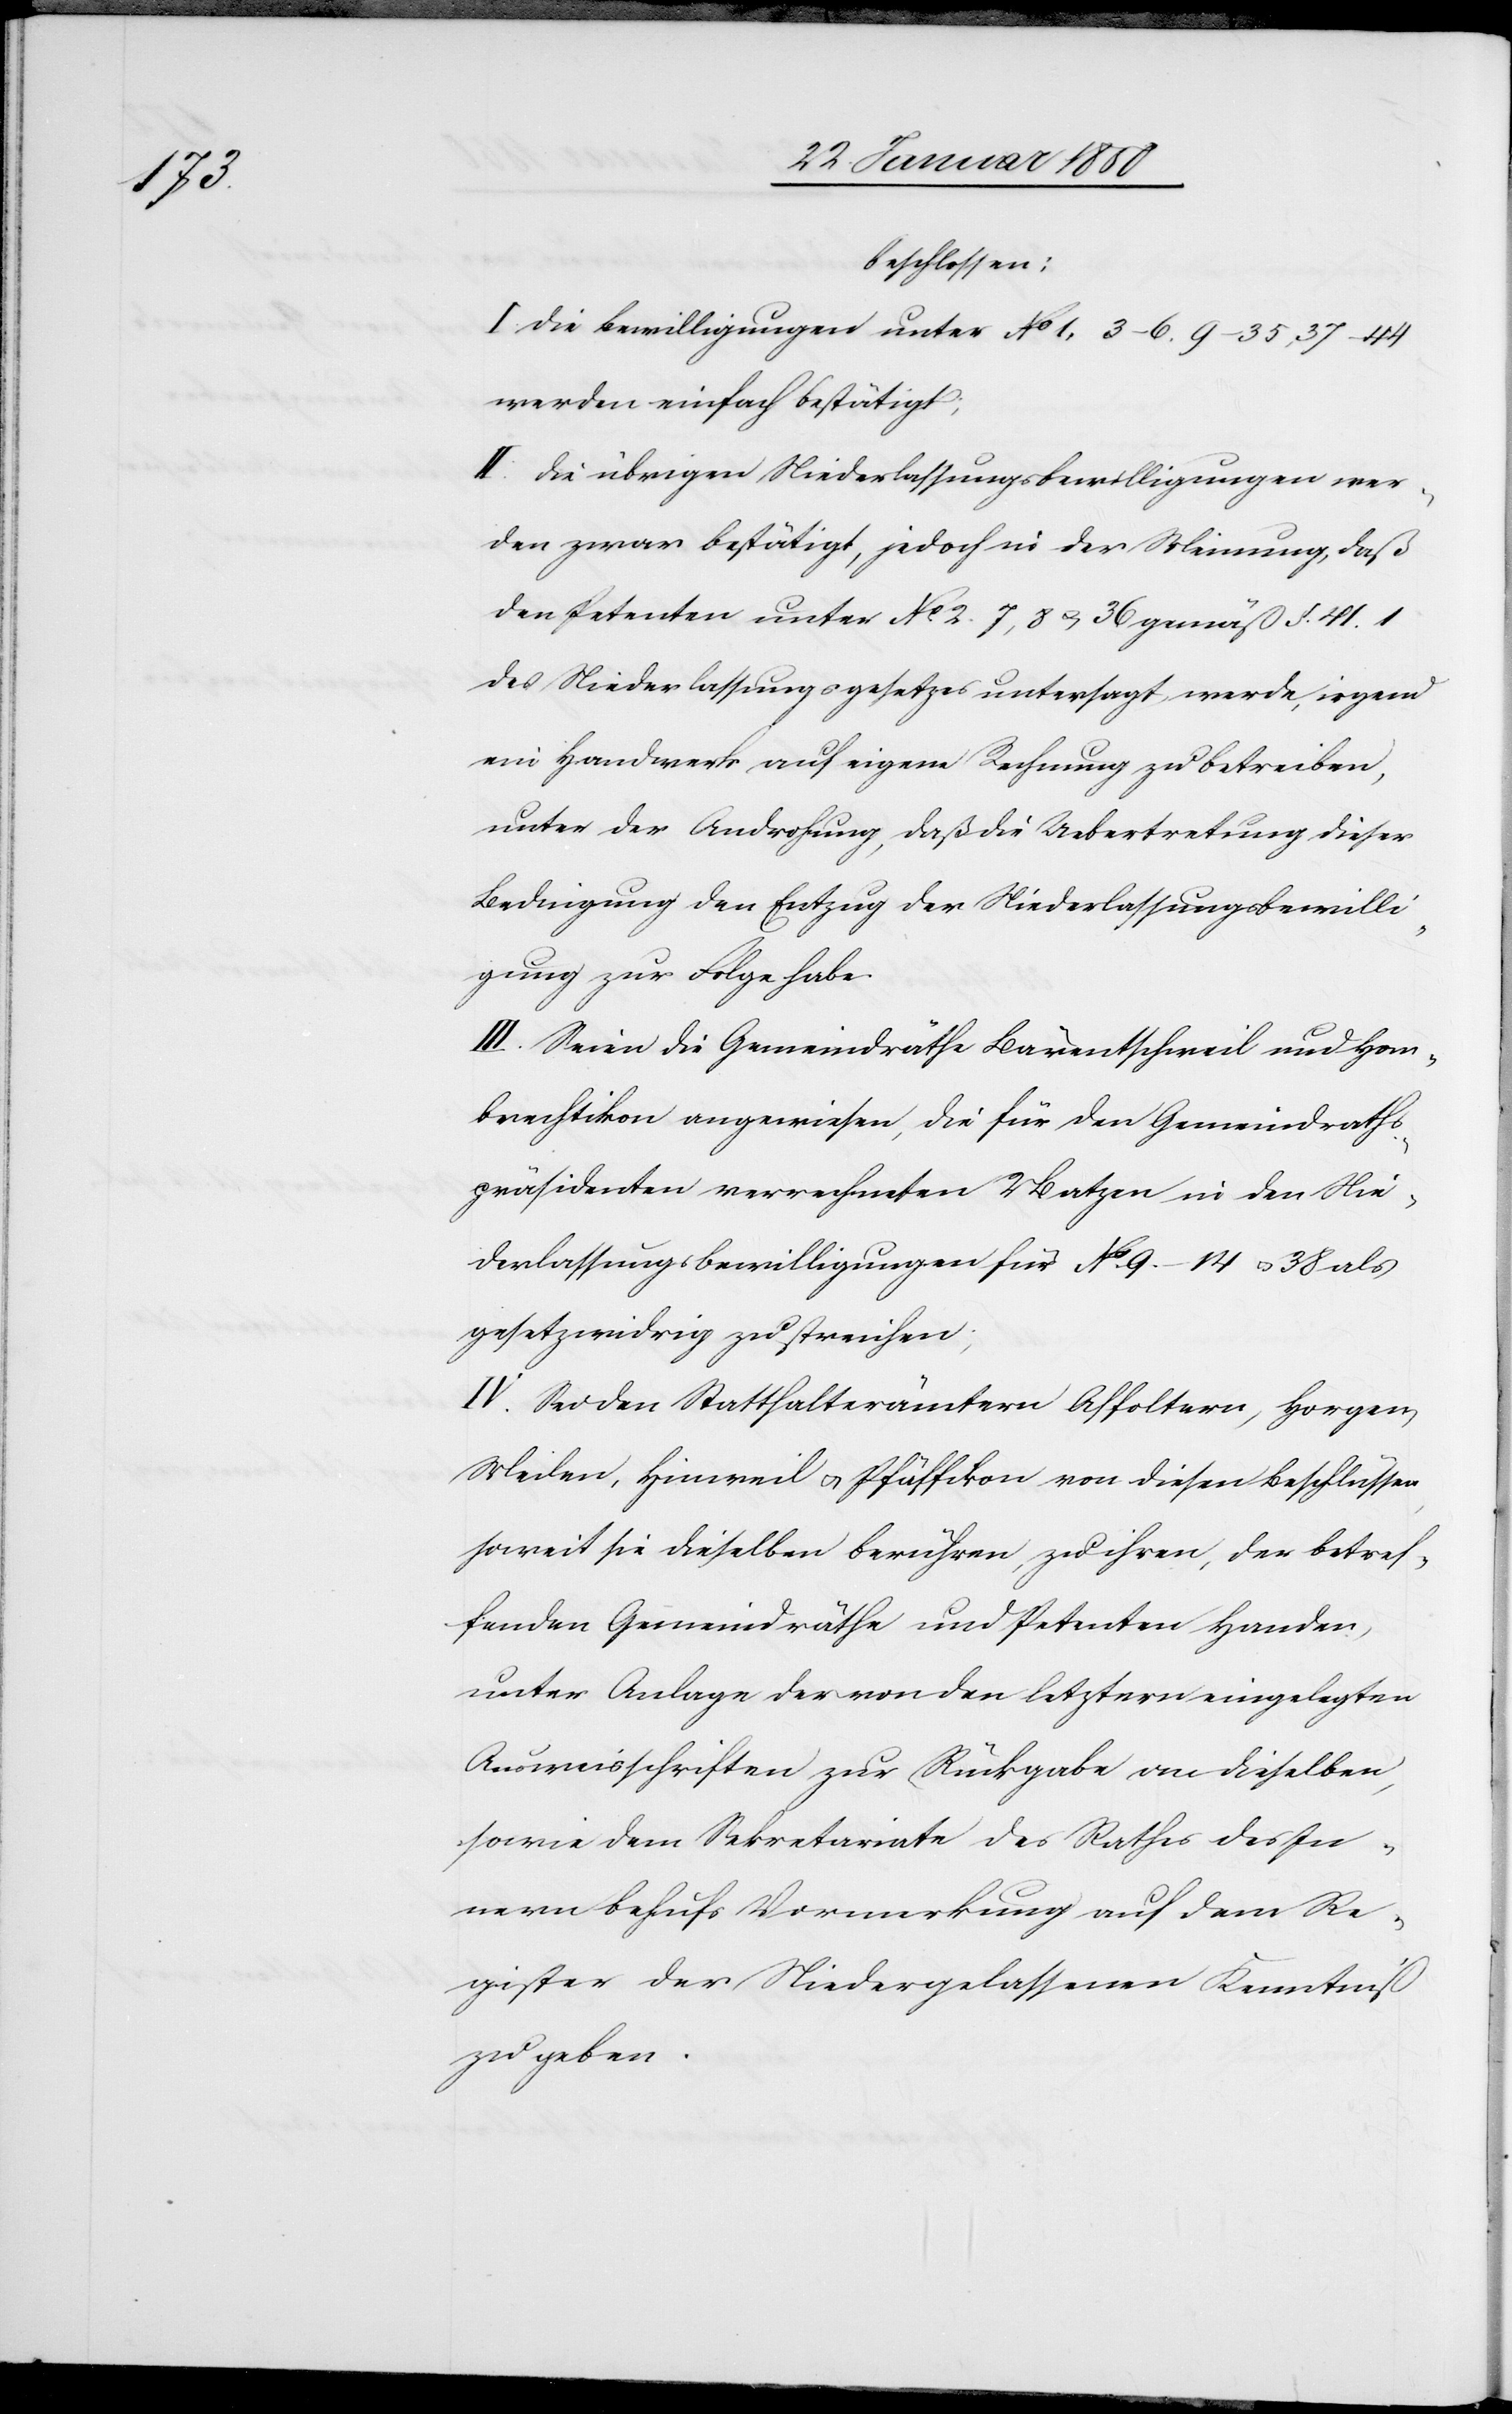
beschlossen:
I. Die Bewilligungen unter No 1, 3–6. 9–35, 37–44
werden einfach bestätigt;
II. Die übrigen Niederlassungsbewilligungen wer¬
den zwar bestätigt, jedoch in der Meinung, daß
den Petenten unter No. 2. 7, 8 u. 36 gemäß §. 41. 1
des Niederlassungsgesetzes untersagt werde, irgend
ein Handwerk auf eigene Rechnung zu betreiben,
unter der Androhung, daß die Uebertretung dieser
Bedingung den Entzug der Niederlassungsbewilli¬
gung zur Folge habe.
III. Seien die Gemeindräthe Bärentschweil und Hom¬
brechtikon angewiesen, die für den Gemeindraths¬
präsidenten verrechneten 2 Batzen in den Nie¬
derlassungsbewilligungen für No. 9–14 u. 38 als
gesetzwidrig zu streichen;
IV. Sei den Statthalterämtern Affoltern, Horgen,
Meilen, Hinweil u. Pfäffikon von diesen Beschlüssen,
soweit sie dieselben berühren, zu ihren, der betref¬
fenden Gemeindräthe und Petenten Handen,
unter Anlage der von den letztern eingelegten
Ausweisschriften zur Rückgabe an dieselben,
sowie dem Sekretariate des Rathes des In¬
nern behufs Vormerkung auf dem Re¬
gister der Niedergelassenen Kenntniß
zu geben.